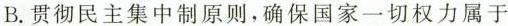
B.贯彻民主集中制原则，确保国家一切权力属于